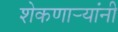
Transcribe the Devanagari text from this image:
शेकणार्‍यांनी